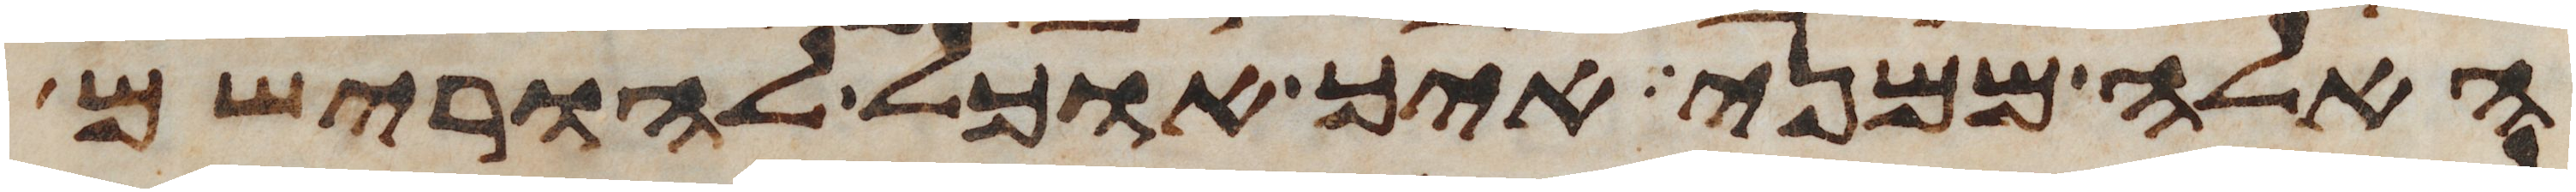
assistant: האלה ממני איך אוכל להורישם